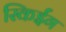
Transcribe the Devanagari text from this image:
स्किईंग